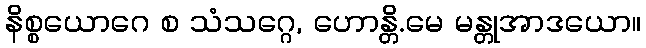
နိစ္စယောဂေ စ သံသဂ္ဂေ, ဟောန္တိ.မေ မန္တုအာဒယော။